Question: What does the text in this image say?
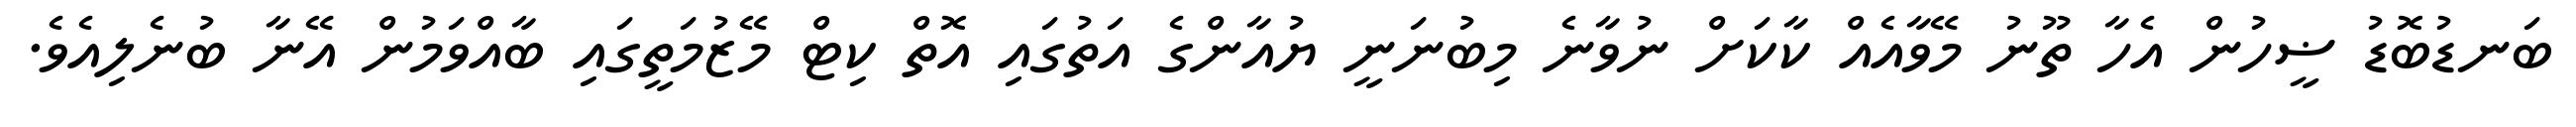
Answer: ބަނޑުބޮޑު ޟީހުން އެހާ ތޫނު މޭވާއެއް ކާކަށް ނުވާނެ މިބުނަނީ ޔުއާންގެ އަތުގައި އޮތް ކިޓް މޭޒުމަތީގައި ބާއްވަމުން އޭނާ ބުނެލިއެވެ.